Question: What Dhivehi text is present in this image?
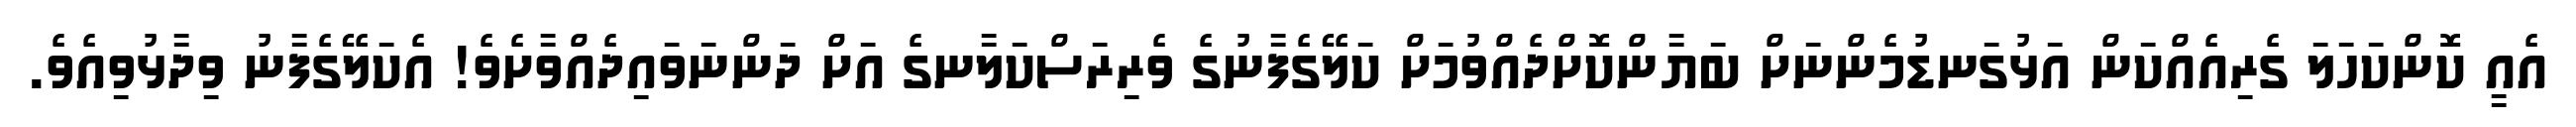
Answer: އެއީ ކޮންކަހަލަ ގެރިއެއްކަން އަޅުގަނޑުމެންނަށް ބަޔާންކޮށްދެއްވުމަށް ކަލޭގެފާނުގެ ވެރިރަސްކަލާނގެ އަށް ދަންނަވައިދެއްވާށެވެ! އެކަލޭގެފާނު ވިދާޅުވިއެވެ.